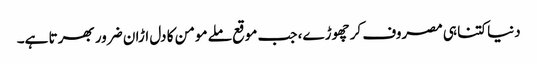
دنیا کتنا ہی مصروف کر چھوڑے، جب موقع ملے مومن کا دل اڑان ضرور بھرتا ہے۔